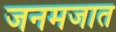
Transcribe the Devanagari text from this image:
जनमजात